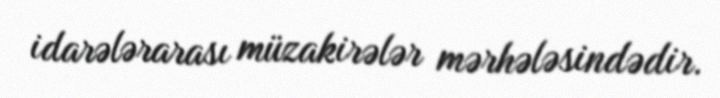
idarələrarası müzakirələr mərhələsindədir.